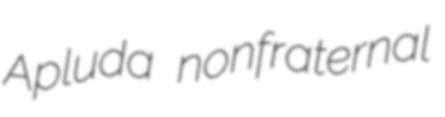
Apluda nonfraternal